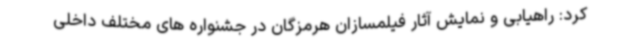
کرد: راهیابی و نمایش آثار فیلمسازان هرمزگان در جشنواره های مختلف داخلی